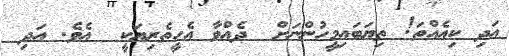
އަދި ކިއެއްތަ! ތިޔަބައިމީހުންނަށް  ދެއްވާ އެހީތެރިޔަކީ  އެވެ. އަދި